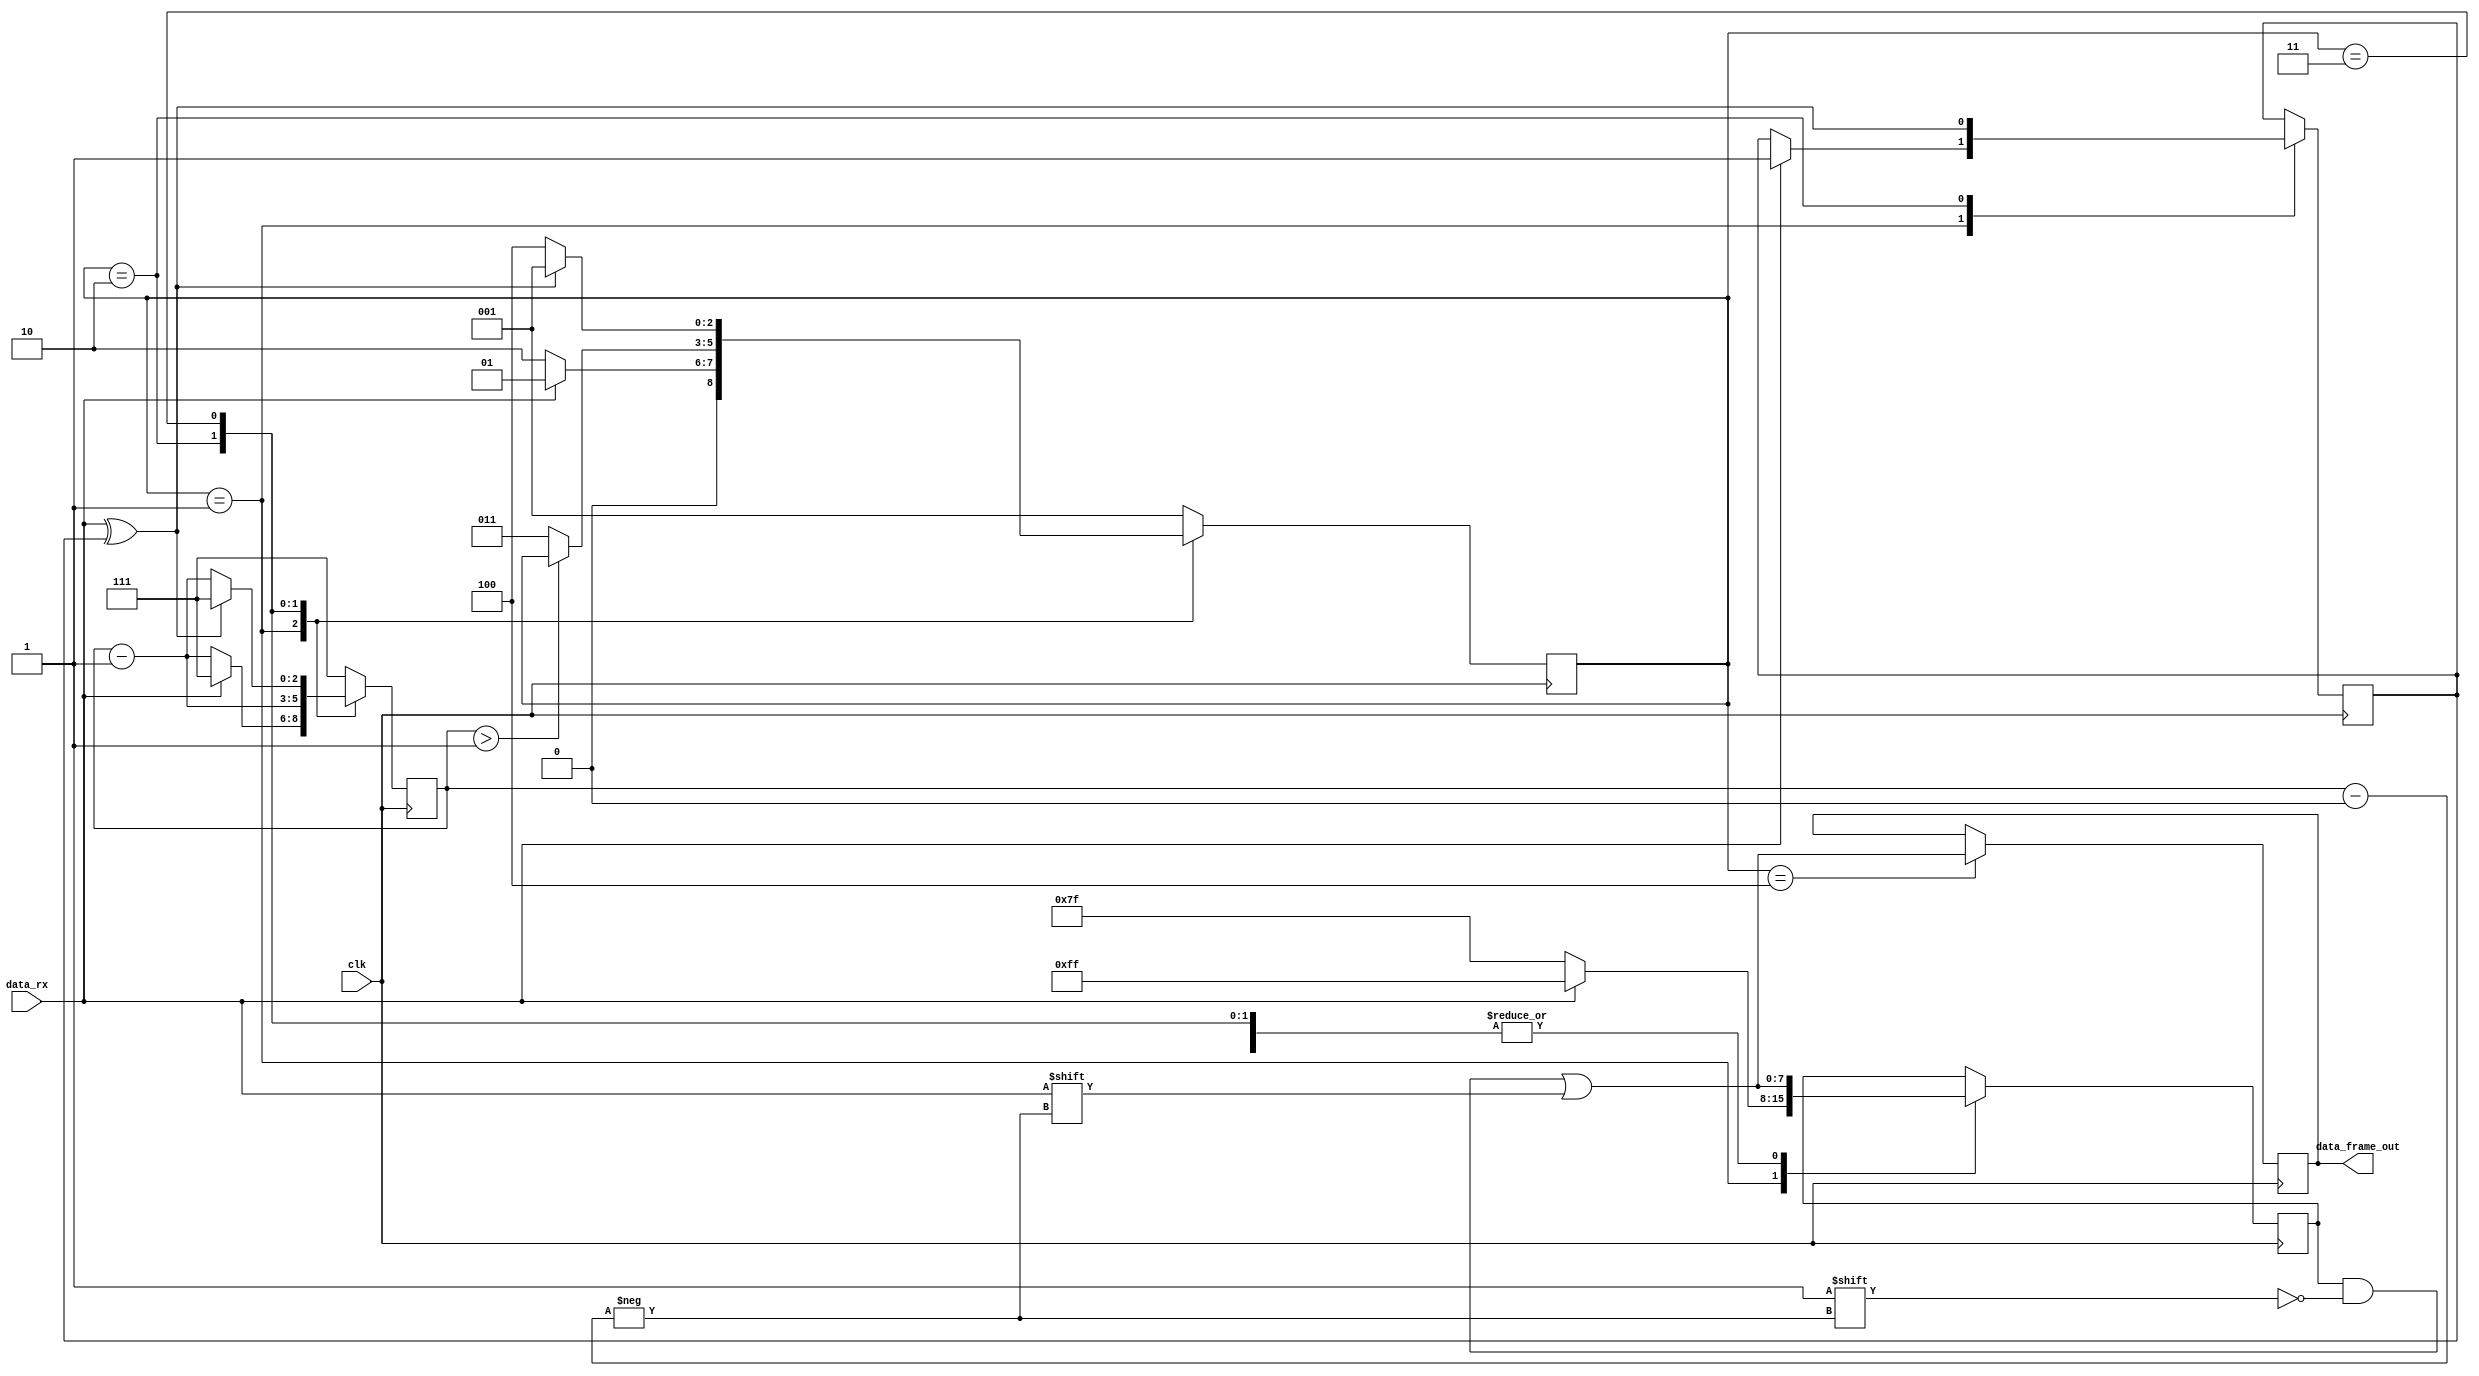
module uart_rx (
    clk            ,    
    data_rx        ,
    data_frame_out
);


input                       clk ;
input                   data_rx ;
output reg [7:0] data_frame_out ; 



parameter IDLE      = 1 ;
parameter DATA_RX   = 2 ;
parameter CRC       = 3 ;
parameter STOP      = 4 ;



reg [2:0]           state ;
reg [2:0]         counter ;
reg [7:0]     storage_reg ; 
reg                parity ;






always @(posedge clk) begin
    case(state)
        IDLE    :   begin
            if(~data_rx) begin
                storage_reg  = {data_rx,7'b1111111} ;
                counter      = counter - 3'b001     ;
                state        = DATA_RX ;
            end   
            else begin
                storage_reg  = 8'b11111111;
                state        = IDLE;
                counter      = 3'b111;
                parity       = 1'b1;
            end              
            
            
            
        end

        DATA_RX :   begin
            if(counter>3'b001)
            begin
                storage_reg[counter]  =     data_rx ;
                counter               =     counter - 3'b001 ; 
                parity                =     data_rx ^ parity ;
            end
            else 
            begin
                storage_reg[counter]  =     data_rx ;
                parity                =     data_rx ^ parity ;
                counter               =     counter - 3'b001 ; 
                state                 =     CRC              ;  
            end
        end

        CRC     : begin
            storage_reg[counter]  = data_rx  ;

            if(~(parity ^ data_rx)) begin
                state    = STOP ;
                counter  = counter - 3'b001  ;
            end
            else begin
                counter  = 3'b111 ;
                state    = IDLE   ;
            end
            
        end

        STOP    : begin
            storage_reg[counter]  = data_rx          ;
            data_frame_out        = storage_reg[7:0] ;
            counter               = 3'b111           ;
            state                 = IDLE             ; 
        end
        default : begin 
            state                 = IDLE             ;
            counter               = 3'b111           ;

        end
    endcase
end




endmodule